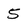
Character: 5